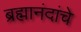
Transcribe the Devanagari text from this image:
ब्रह्मानंदांचे